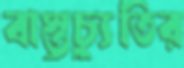
বাস্তুচ্যুতির